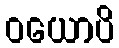
ဝယောပိ